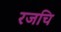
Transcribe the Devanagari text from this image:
रजचि